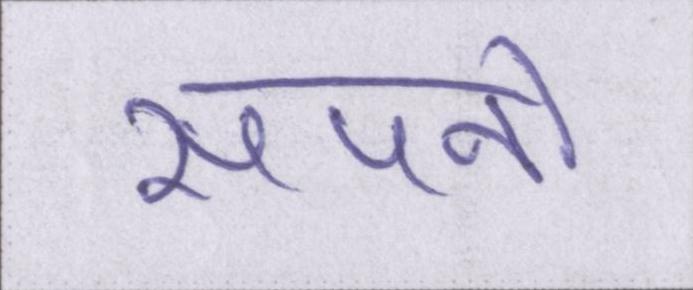
सपनो